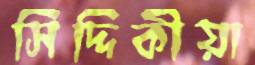
সিদ্দিকীয়া